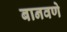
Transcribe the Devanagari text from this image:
बानवणे